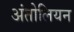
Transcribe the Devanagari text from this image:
अंतोलियन